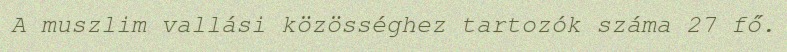
A muszlim vallási közösséghez tartozók száma 27 fő.